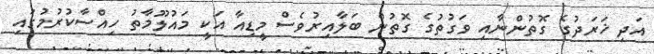
އަދި ޚަރަދުގެ ގޮތުންނާއި ވަގުތުގެ ގޮތުން ބަލާއިރުވެސް މީޑިއާ އަކީ މައުލޫމާތު ހިއްސާކުރުމުގައި